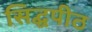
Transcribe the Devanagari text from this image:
सिद्घपीठ